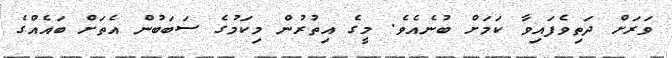
ވަރަށް ދަތިވެފައިވާ ކަމަށް ބުނެއެވެ. މީގެ އިތުރުން މިކަމުގެ ސަބަބުން އެތަށް ބައެއްގެ